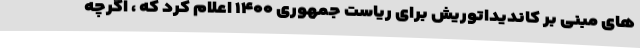
های مبنی بر کاندیداتوریش برای ریاست جمهوری ۱۴۰۰ اعلام کرد که ، اگرچه